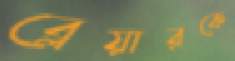
ব্লেয়ারকে